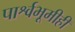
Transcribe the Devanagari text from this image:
पार्श्वभूमीही